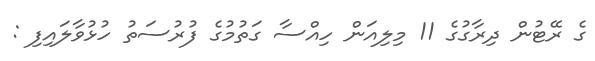
ގެ ރޭޓުން ދިރާގުގެ 11 މިލިއަން ހިއްސާ ގަތުމުގެ ފުރުސަތު ހުޅުވާލައިފި :